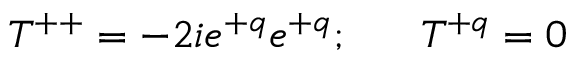
T ^ { + + } = - 2 i e ^ { + q } e ^ { + q } ; \ \ \ \ \ T ^ { + q } = 0